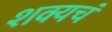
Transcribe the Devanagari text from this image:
शक्यचं